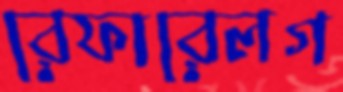
রেফারেলগ